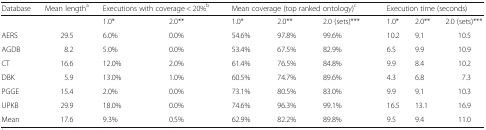
| Database | Mean lengtha | <COLSPAN=2> Executions with coverage < 20%b | <COLSPAN=3> Mean coverage (top ranked ontology)c | <COLSPAN=3> Execution time (seconds) |
 | --- | --- | --- | --- | --- | --- | --- | --- | --- | --- |
 |  |  | 1.0* | 2.0** | 1.0* | 2.0** | 2.0 (sets)*** | 1.0* | 2.0** | 2.0 (sets)*** |
 | AERS | 29.5 | 6.0% | 0.0% | 54.6% | 97.8% | 99.6% | 10.2 | 9.1 | 10.5 |
 | AGDB | 8.2 | 5.0% | 0.0% | 53.4% | 67.5% | 82.9% | 6.5 | 9.9 | 10.9 |
 | CT | 16.6 | 12.0% | 2.0% | 61.4% | 76.5% | 84.8% | 9.9 | 8.4 | 10.2 |
 | DBK | 5.9 | 13.0% | 1.0% | 60.5% | 74.7% | 89.6% | 4.3 | 6.8 | 7.3 |
 | PGGE | 15.4 | 2.0% | 0.0% | 73.1% | 80.5% | 83.0% | 9.9 | 9.1 | 10.3 |
 | UPKB | 29.9 | 18.0% | 0.0% | 74.6% | 96.3% | 99.1% | 16.5 | 13.1 | 16.9 |
 | Mean | 17.6 | 9.3% | 0.5% | 62.9% | 82.2% | 89.8% | 9.5 | 9.4 | 11.0 |